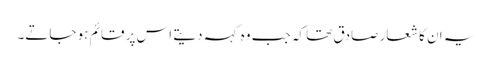
یہ ان کا شعار صادق تھا کہ جب وہ کہہ دیتے اس پر قائم ہو جاتے۔